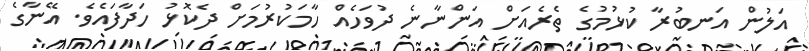
އަލުން އަނބުރާ ކުޅުމުގެ ތެރެއަށް އަންނާނެ ދުވަހެއް ހާމަކުރުމަށް ދެކޮޅު ހަދާފައެވެ. އޭނާގެ